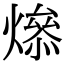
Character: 𤏟